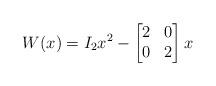
LaTeX: \begin{align*} W(x)=I_2x^2-\begin{bmatrix}2&0\\0&2\end{bmatrix}x\end{align*}